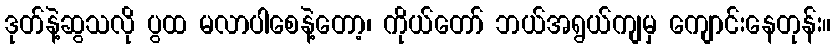
ဒုတ်နဲ့ဆွသလို ပွထ မလာပါစေနဲ့တော့၊ ကိုယ်တော် ဘယ်အရွယ်ကျမှ ကျောင်းနေတုန်း။